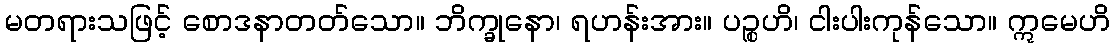
မတရားသဖြင့် စောဒနာတတ်သော။ ဘိက္ခုနော၊ ရဟန်းအား။ ပဉ္စဟိ၊ ငါးပါးကုန်သော။ ဣမေဟိ